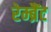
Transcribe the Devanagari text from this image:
रेम्ब्रैंट